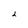
Character: 2